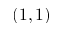
( 1 , 1 )